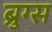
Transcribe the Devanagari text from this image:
ब्रुग्स